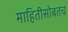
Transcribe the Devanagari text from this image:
माहितीसोबतच